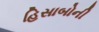
હિસાબોની